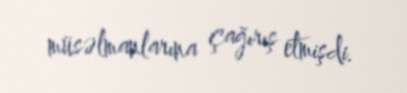
müsəlmanlarına çağırış etmişdi.